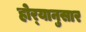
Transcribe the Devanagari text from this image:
होर्‍यानुसार